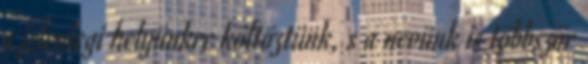
a jelenlegi helyünkre költöztünk, s a nevünk is többször